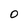
Character: O